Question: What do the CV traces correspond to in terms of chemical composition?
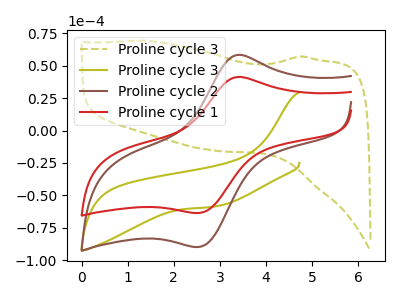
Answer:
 <answer>The olive dashed curve is labeled "Proline cycle 3". The olive curve is labeled "Proline cycle 3". The brown curve is labeled "Proline cycle 2". The red curve is labeled "Proline cycle 1".</answer>
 <eval></eval>